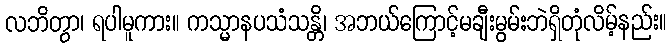
လဘိတွာ၊ ရပါမူကား။ ကသ္မာနပသံသန္တိ၊ အဘယ်ကြောင့်မချီးမွမ်းဘဲရှိတုံလိမ့်နည်း။